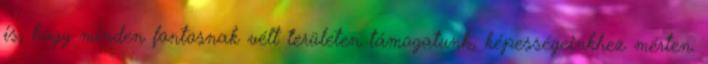
is, hogy minden fontosnak vélt területen támogatunk, képességeinkhez mérten.